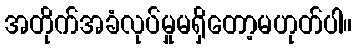
အတိုက်အခံလုပ်မှုမရှိတော့မဟုတ်ပါ။